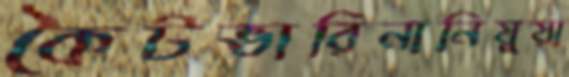
কৈটভারিনানিয়ুয়া